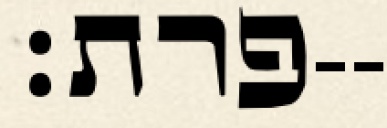
פרת׃--